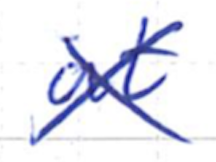
Text: at
Cross-out: cross
Writing tool: ballpoint